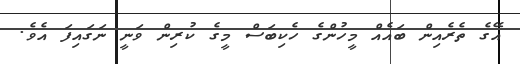
އޭގެ ތެރެއިން ބައެއް މީހުންގެ ހެކިބަސް މީގެ ކުރިން ވަނީ ނަގައިފަ އެވެ.